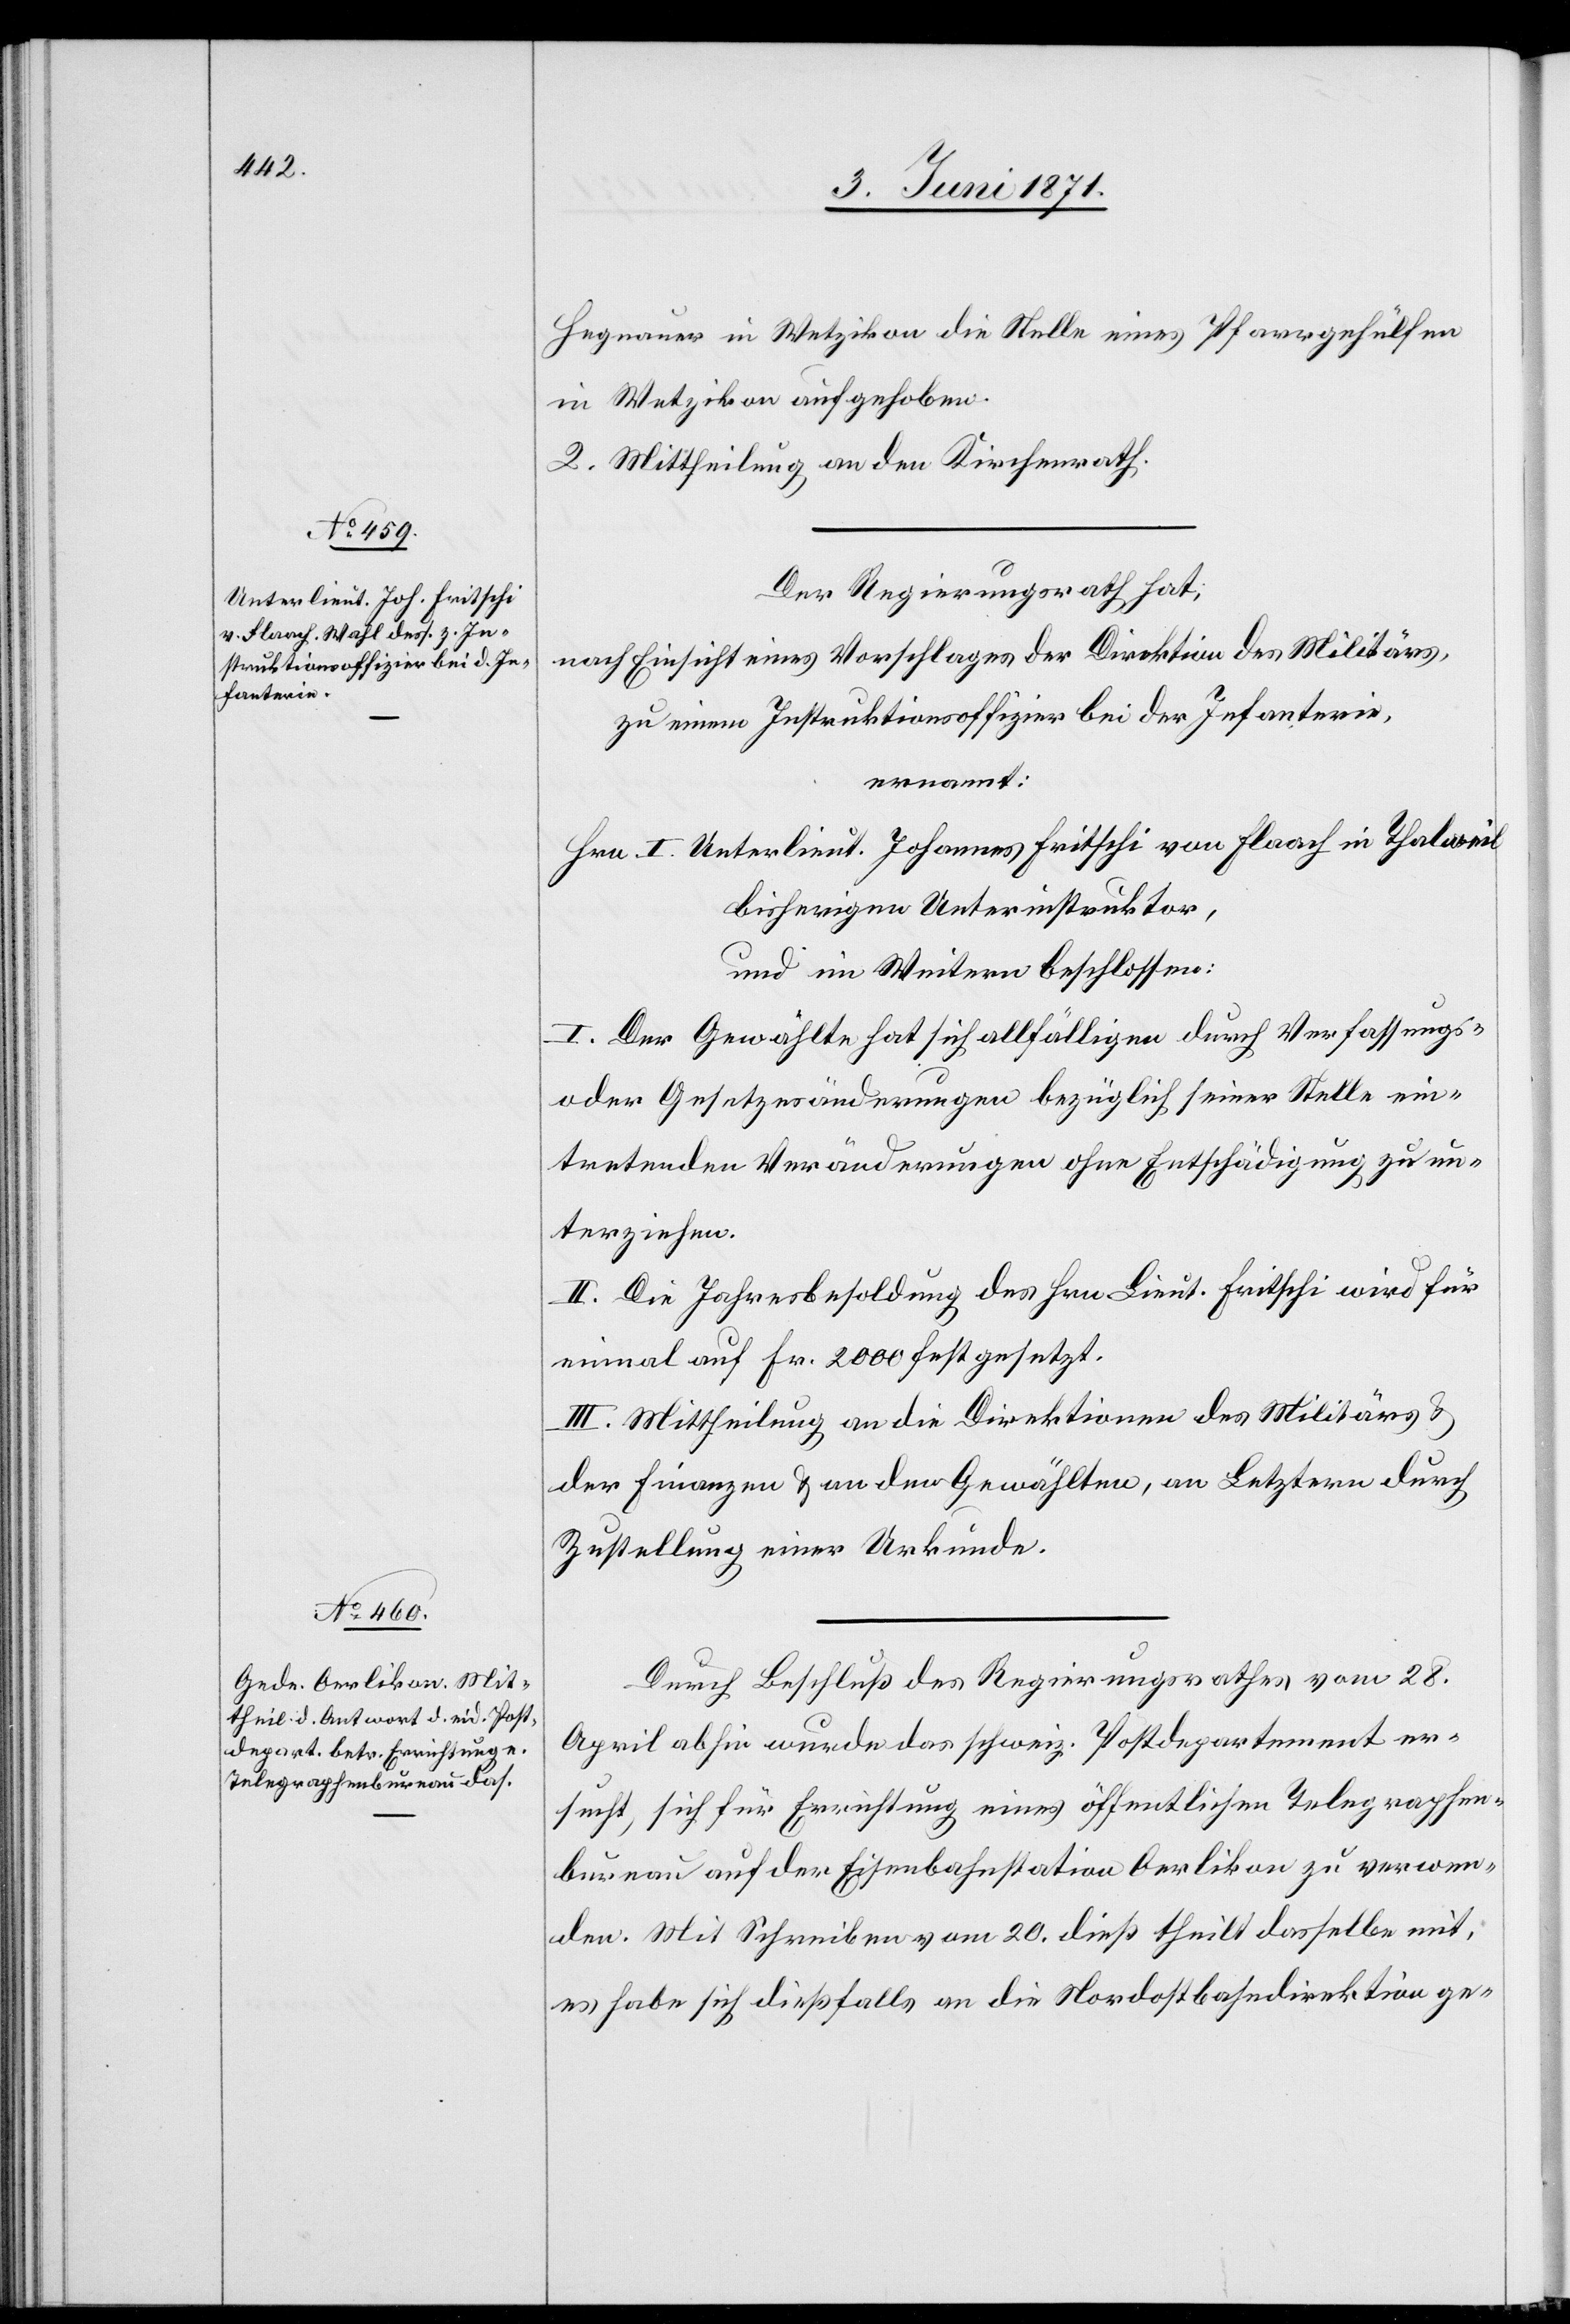
Hegnauer in Wetzikon die Stelle eines Pfarrgehülfen
in Wetzikon aufgehoben.
2. Mittheilung an den Kirchenrath.
Der Regierungsrath hat,
nach Einsicht eines Vorschlages der Direktion des Militärs,
zu einem Instruktionsoffizier bei der Infanterie,
ernannt:
Hrn. I. Unterlieut. Johannes Fritschi von Flaach in Thalweil
bisherigen Unterinstruktor,
und im Weitern beschlossen:
I. Der Gewählte hat sich allfälligen durch Verfassungs-
oder Gesetzesänderungen bezüglich seiner Stelle ein¬
tretenden Veränderungen ohne Entschädigung zu un¬
terziehen.
II. Die Jahresbesoldung des Hrn. Lieut. Fritschi wird für
einmal auf Fr. 2000 festgesetzt.
III. Mittheilung an die Direktion des Militärs u.
der Finanzen u. an den Gewählten, an Letztern durch
Zustellung einer Urkunde.
Durch Beschluß des Regierungsrathes vom 28.
April abhin wurde das schweiz. Postdepartement er¬
sucht, sich für Errichtung eines öffentlichen Telegraphen¬
bureau auf der Eisenbahnstation Oerlikon zu verwen¬
den. Mit Schreiben vom 20. dieß theilt dasselbe mit,
es habe sich dießfalls an die Nordostbahndirektion ge-